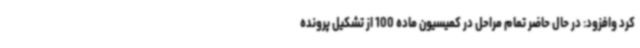
کرد وافزود: در حال حاضر تمام مراحل در کمیسیون ماده 100 از تشکیل پرونده